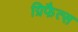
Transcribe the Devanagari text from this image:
ग्रिफैत्स